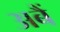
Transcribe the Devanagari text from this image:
अबैं